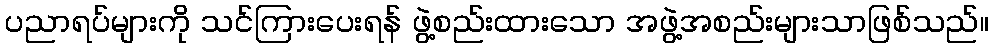
ပညာရပ်များကို သင်ကြားပေးရန် ဖွဲ့စည်းထားသော အဖွဲ့အစည်းများသာဖြစ်သည်။